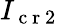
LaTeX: I_{\mathrm{~c~r~2~}}